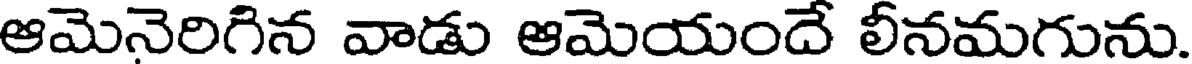
ఆమెనెరిగిన వాడు ఆమెయందే లీనమగును